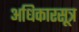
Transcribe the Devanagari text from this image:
अधिकारसूत्र